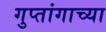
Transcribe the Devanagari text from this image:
गुप्तांगाच्या